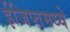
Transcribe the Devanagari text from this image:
ईजिप्तमध्ये